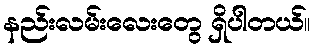
နည်းလမ်းလေးတွေ ရှိပါတယ်။